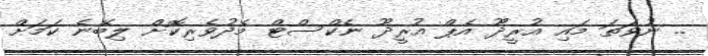
.. ނުވަތަ މައި އުރީދޫ އެޕް އުރީދޫ ނެކްސްޓް މެދުވެރިކޮށް ލިބޭނެ ކަމަށް